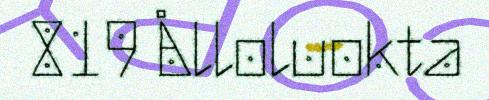
819 Ålloluokta